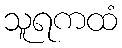
သူရကထံ